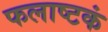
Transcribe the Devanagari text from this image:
फलाष्टकं